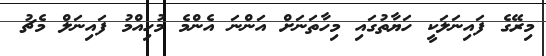
މިރޭގެ ފައިނަލަކީ ހަޔާތުގައި މިހާތަނަށް އަންނަ އެންމެ މުހިއްމު ފައިނަލް މެޗު